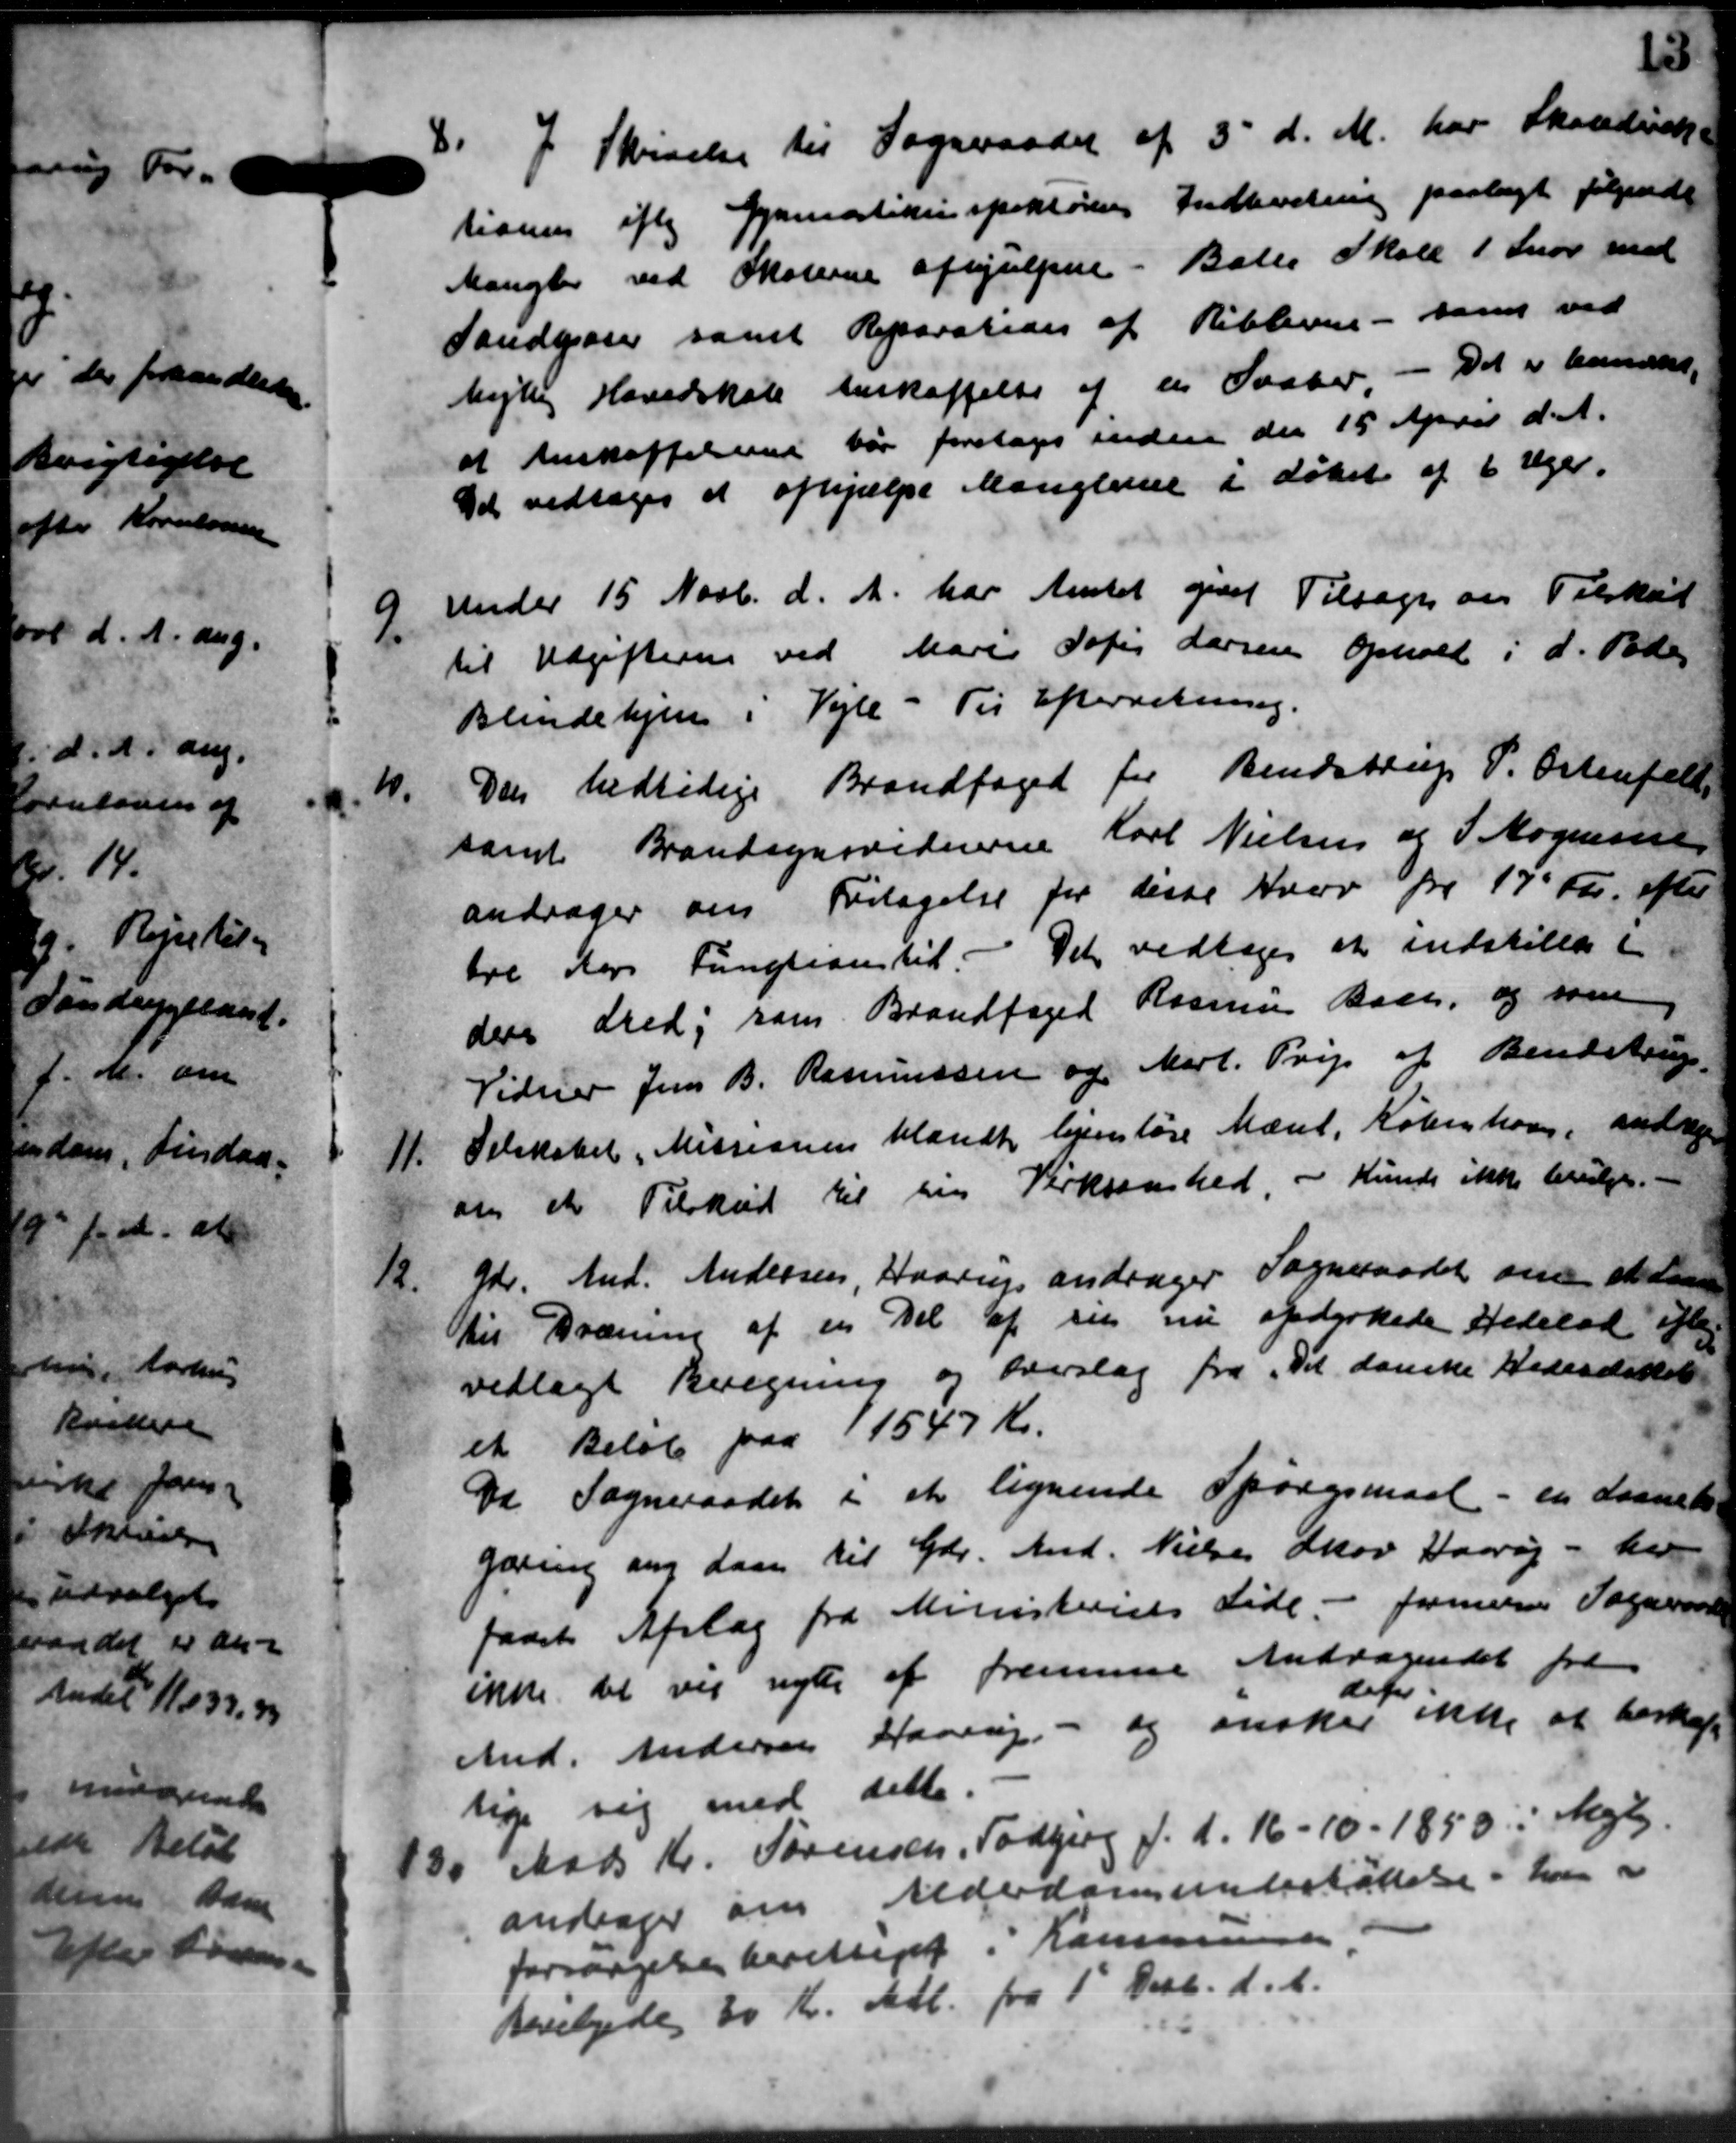
Transskription:
8. I Skrivelse til Sogneraadet af 3' d. M. har Skoledirek-
8. I Skrivelse til Sogneraadet af 3' d. M. har Skoledirek-
tionen iflg Gymnastikinspektørens Indkostning paalagt følgende
Mangler ved Skolerne afhjælpen - Balle Skole 1 Snor med
Sandgaaer samt Reparation af Riblerne - samt ved
hejlling Hovedskole Anskaffelse af en Saaber. - Det er kandes,
at Anskaffelsen var foretages inden den 15 April d. A.
Det vedtoges at afhjælpe Manglerne i Løbet af 6 Uger.

Under 15 Novb. d. A. har Amtet givet Tilsagn om Tilskud
til Udgifterne ved Marie Sofis Larsen Ophold i d. Peder
Blindehjem i Vejle - Til Efterretning.
1.
Den bedtidige Brandfoged for Bendstrup P. Ostenfeld
samt Brandsynsvidnerne Karl Nielsen og P Mogensen
andrager om Fritagelse for disse Hverv fra 17' Fr. efter
tre Kors Function til - Det vedtoges at indstilles i
der Fred, som Brandfoged Rasmus Bach, og som
Vidner Jens B. Rasmussen og Mart. Pris af Bendstrup
11.
Selskabet, Missionen blandt hjemløse Mænd, København, andrage
om et Tilskud til sin Virksomhed. - Kunde ikke bevilges.
12.
Gdr. And. Andersen, Haarup andrager Sogneraadet om et den
til Dræning af en Del af sin nu opdyrkede Hedelad efter
vedlagt Beregning og Overslag fra „Det danske Hedesessel
et Beløb paa 11547 Kr.
Da Sogneraadet i at lignende Spørgsmaal - en Laanet
gæring ang Laan til Gdr. And. Nielsen Skov Haarøj - her
faaet Afslag fra Ministeriets Side. - formenes Sogneraadet
ikke det vej nytte af fremmer Andragendet fra
And. Andersen Haarup - og ønsker
a "
 ikke at beskaf
lige sig med dette.
130 Mads Kr. Sørensen, Todbjerg f. d. 16-10-1850 i Mejlby
130 Mads Kr. Sørensen, Todbjerg f. d. 16-10-1850 i Mejlby
andrager om Alderdomsunderstøttelse i har a
forsørgelsesberettiget i Kommunen
Bevilgedes 30 Kr. Mdl. fra 1' Decb. d. A.